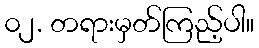
၀၂. တရားမှတ်ကြည့်ပါ။